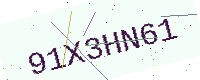
Text: 91X3HN61